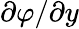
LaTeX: \partial\varphi/\partial y